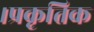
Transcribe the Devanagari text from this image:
।प्रकृतिक